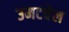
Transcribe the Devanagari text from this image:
उमटवेल